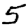
Digit: 5